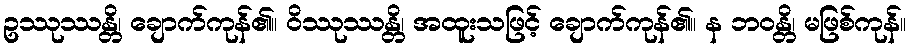
ဥဿုဿန္တိ၊ ချောက်ကုန်၏။ ဝိဿုဿန္တိ၊ အထူးသဖြင့် ချောက်ကုန်၏။ န ဘဝန္တိ၊ မဖြစ်ကုန်။